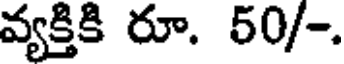
వ్యక్తికి రూ. 50/-.